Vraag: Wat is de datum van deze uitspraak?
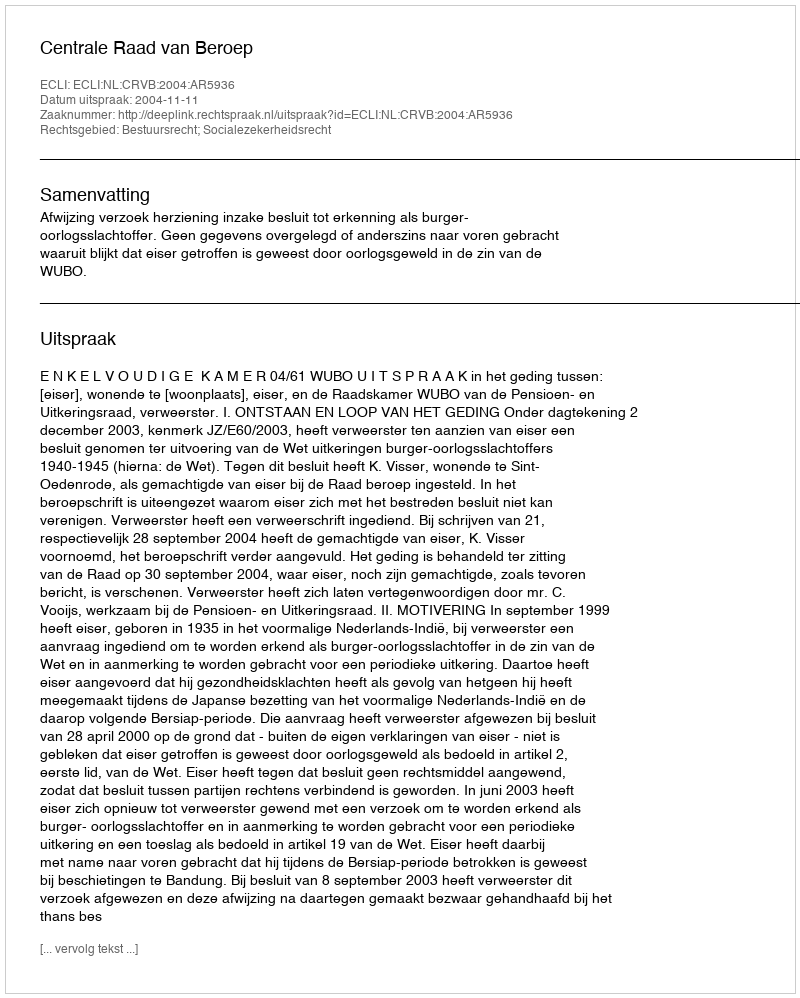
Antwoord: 2004-11-11